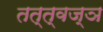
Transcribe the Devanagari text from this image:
तत्त्‍वज्ञ